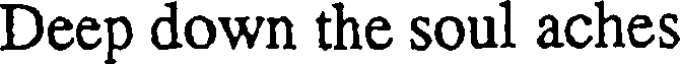
Deep down the soul aches